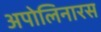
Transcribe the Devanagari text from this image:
अपोलिनारस